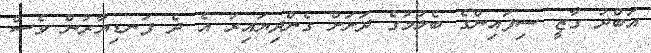
އަބްދު ގާޒީ ސިފައިންގެ ބެލުމުގެ ދަށަށް ގެންދިޔައިރު އެ ދެ ފަނޑިޔާރުން ވެސް